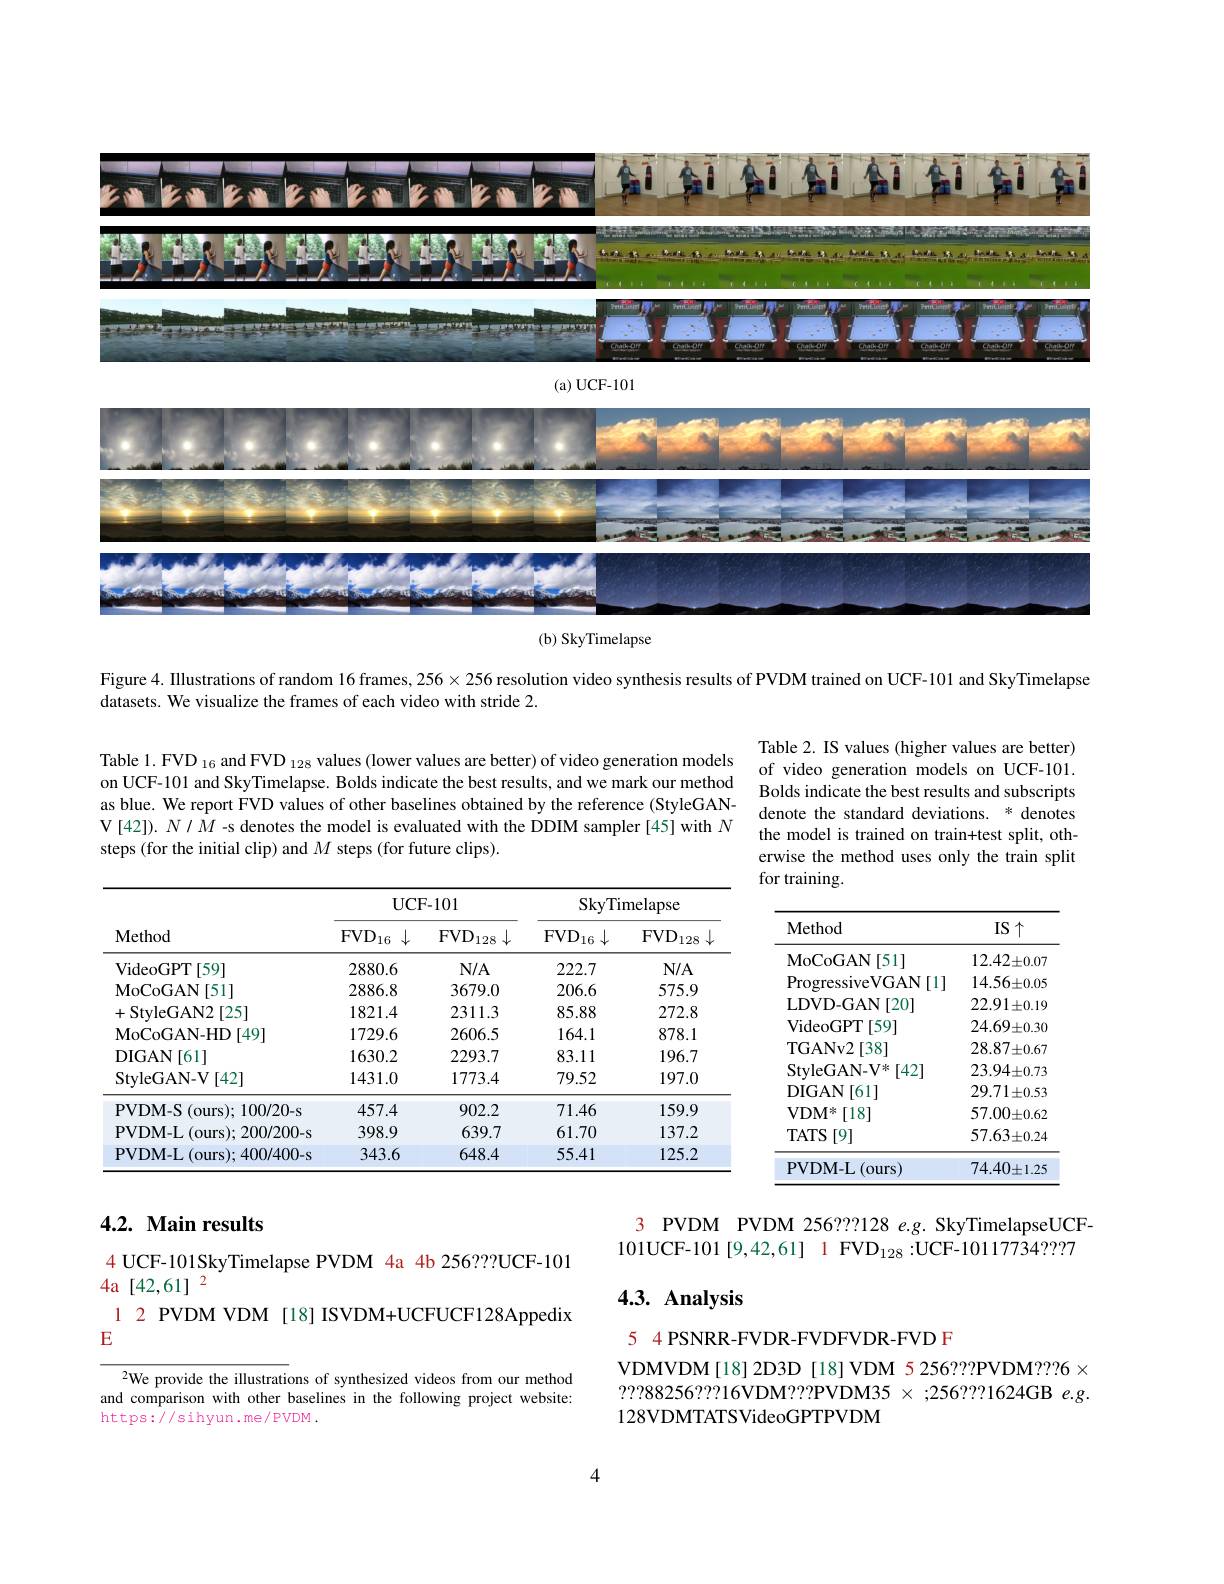
<FigureHere>
(b) SkyTimelapse

Figure 4. Illustrations of random 16 frames, $256\times256$ resolution video synthesis results of PVDM trained on UCF-101 and SkyTimelapse
datasets. We visualize the frames of each video with stride 2.

Table 1. FVD $_{16}$ and FVD $_128$ values (lower values are better) of video generation models on UCF-101 and SkyTimelapse. Bolds indicate the best results, and we mark our method as blue. We report FVD values of other baselines obtained by the reference (StyleGANV[42]). $N/\dot{M}$ -s denotes the model is evaluated with the DDIM sampler [45] with $N$ steps (for the initial clip) and $M$ steps (for future clips).

Table 2. IS values (higher values are better) of video generation models on UCF-101. Bolds indicate the best results and subscripts denote the standard deviations. * denotes the model is trained on train+test split, otherwise the method uses only the train split for training.

<table>
	<tbody>
		<tr>
			<th rowspan="2">$\mathbf{Method}$</th>
			<th colspan="2">$\mathbf{UCF-101}$</th>
			<th colspan="2">SkyTimelapse</th>
		</tr>
		<tr>
			<th>$FVD_{16}$ $\downarrow$</th>
			<th>$FVD_{128}$</th>
			<th>$\mathrm{FVD}_{16}\downarrow$</th>
			<th>$FVD_{128}$</th>
		</tr>
		<tr>
			<td>VideoGPT[59] </td>
			<td>2880.6</td>
			<td>$N/A$</td>
			<td>222.7</td>
			<td>$N/A$</td>
		</tr>
		<tr>
			<td>MoCoGAN[ 51] </td>
			<td>2886.8</td>
			<td>3679.0</td>
			<td>206.6</td>
			<td>575.9</td>
		</tr>
		<tr>
			<td>+StyleGAN2 $2\left[25\right]$</td>
			<td>1821.4</td>
			<td>2311.3</td>
			<td>85.88</td>
			<td>272.8</td>
		</tr>
		<tr>
			<td>MoCoGAN-HD $\because[49]$</td>
			<td>1729.6</td>
			<td>2606.5</td>
			<td>164.1</td>
			<td>878.1</td>
		</tr>
		<tr>
			<td>DIGAN[ 61] </td>
			<td>1630.2</td>
			<td>2293.7</td>
			<td>83.11</td>
			<td>196.7</td>
		</tr>
		<tr>
			<td>StyleGAN-V[42]</td>
			<td>1431.0</td>
			<td>1773.4</td>
			<td>79.52</td>
			<td>197.0</td>
		</tr>
		<tr>
			<td>PVDM-S(ours);100/20-s</td>
			<td>457.4</td>
			<td>902.2</td>
			<td>71.46</td>
			<td>159.9</td>
		</tr>
		<tr>
			<td>PVDM-L(ours);200/200-s</td>
			<td>398.9</td>
			<td>639.7</td>
			<td>61.70</td>
			<td>137.2</td>
		</tr>
		<tr>
			<td>PVDM-L(ours);400/400-s</td>
			<td>343.6</td>
			<td>648.4</td>
			<td>55.41</td>
			<td>125.2</td>
		</tr>
	</tbody>
</table>

<table>
	<tbody>
		<tr>
			<th>Method</th>
			<th>$IS\uparrow$</th>
		</tr>
		<tr>
			<td>MoCoGAN [51] </td>
			<td>$12.42\pm0.07$</td>
		</tr>
		<tr>
			<td>ProgressiveVGAN [ 1] </td>
			<td>$14.56\pm0.05$</td>
		</tr>
		<tr>
			<td>LDVD- GAN $I[20]$ T</td>
			<td>$22.91\pm0.19$</td>
		</tr>
		<tr>
			<td>VideoGPT [59]</td>
			<td>$24.69\pm0.30$</td>
		</tr>
		<tr>
			<td>TGANv2 [38] 11</td>
			<td>$28.87\pm0.67$</td>
		</tr>
		<tr>
			<td>$\mathrm{StvleGAN-V}^{*}$ [42]</td>
			<td>$23.94\pm0.73$</td>
		</tr>
		<tr>
			<td>DIGAN [61] 1</td>
			<td>$29.71\pm0.53$</td>
		</tr>
		<tr>
			<td>$VDM^{*}$ [18]</td>
			<td>$57.00\pm0.62$</td>
		</tr>
		<tr>
			<td>$TATS$ [9]</td>
			<td>$57.63\pm0.24$</td>
		</tr>
		<tr>
			<td>PVDM-L $a_{11}$ (ours</td>
			<td>$74.40\pm1.25$</td>
		</tr>
	</tbody>
</table>

# 4.2. Main results

3 PVDM PVDM 256???128 e.g. SkyTimelapseUCF- 101UCF-101[9,42,61] 1FVD$_128:$UCF-10117734???7

4 UCF-101SkyTimelapse PVDM 4a 4b 256???UCF-101
4a[42,61] 2
1 2 PVDM VDM [18] ISVDM+UCFUCF128Appedix
E

# $4. 3. \textbf{ Analysis}$

5 4 PSNRR-FVDR-FVDFVDR-FVD F

VDMVDM[18]2D3D[18]VDM 5 256???PVDM???6× ? ? ? 88256? ? 16VDM? ? ? PVDM35 $\times$ ; 256? ? ? 1624GB e. g. 128VDMTATSVideoGPTPVDM

2We provide the illustrations of synthesized videos from our method and comparison with other baselines in the following project website: https://sihyun.me/PVDM.

4